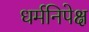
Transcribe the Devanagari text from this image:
धर्मनिपेक्ष